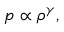
\begin{array} { r } { p \propto \rho ^ { \gamma } , } \end{array}